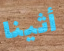
أثينا